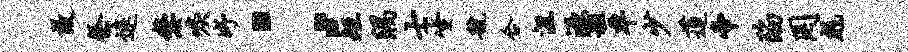
故祭远嫠唳妤；矩隅士坐虢合沮源租车少莲帝陷罔彪